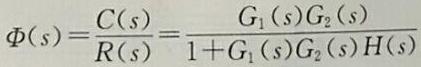
\[
\Phi(s)=\frac{C(s)}{R(s)}=\frac{G_{1}(s)G_{2}(s)}{1 + G_{1}(s)G_{2}(s)H(s)}
\]